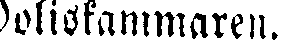
Poliskammaren.